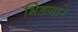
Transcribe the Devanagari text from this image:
भिडणारे